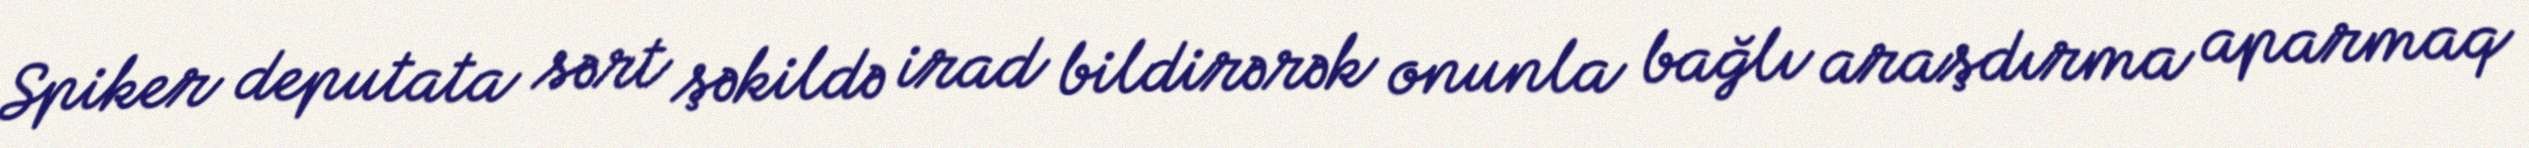
Spiker deputata sərt şəkildə irad bildirərək onunla bağlı araşdırma aparmaq